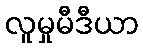
လူမှုမီဒီယာ